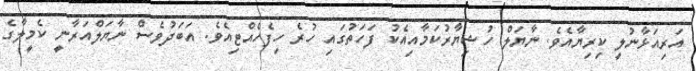
އަރިއަޅާނުލީ ކިރިޔާއެވެ. ނާޔަލް ހުޝިޔާރުކަމާއިއެކު ފަހަތުގައި ހުރެ ހިފެހެއްޓިއެވެ. އަބަދުވެސް ނާޔަލްއަރާނީ ކެމީލާގެ